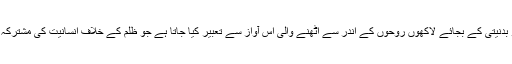
اس عمل کو بدنیتی کے بجائے لاکھوں روحوں کے اندر سے اٹھنے والی اس آواز سے تعبیر کیا جاتا ہے جو ظلم کے خلاف انسانیت کی مشترکہ میراث ہے۔